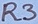
Text: R3